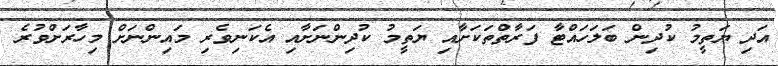
އަދި ޔަތީމު ކުދިން ބަލަހައްޓާ ފަރާތްތަކަށާއި ޔަތީމު ކުދިންނަށާއި އެކަނިވެރި މައިންނަށް މިހާރަށްވުރެ